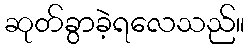
ဆုတ်ခွာခဲ့ရလေသည်။